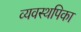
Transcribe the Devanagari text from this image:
व्यवस्थपिका